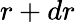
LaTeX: r+dr